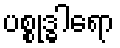
ပစ္စုဒ္ဓါရော